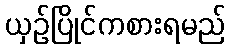
ယှဉ်ပြိုင်ကစားရမည်